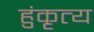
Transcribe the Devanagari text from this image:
हुंकृत्य